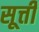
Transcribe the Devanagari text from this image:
सूत्ती